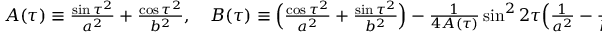
\begin{array} { r } { A ( \tau ) \equiv \frac { \sin \tau ^ { 2 } } { a ^ { 2 } } + \frac { \cos \tau ^ { 2 } } { b ^ { 2 } } , \ \ \ B ( \tau ) \equiv \Big ( \frac { \cos \tau ^ { 2 } } { a ^ { 2 } } + \frac { \sin \tau ^ { 2 } } { b ^ { 2 } } \Big ) - \frac { 1 } { 4 A ( \tau ) } \sin ^ { 2 } 2 \tau \Big ( \frac { 1 } { a ^ { 2 } } - \frac { 1 } { b ^ { 2 } } \Big ) ^ { 2 } } \end{array}